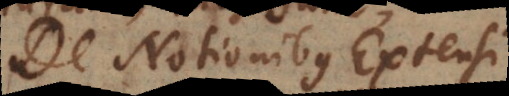
De Notionibus Extensi